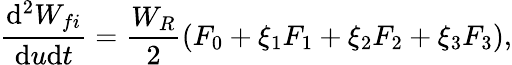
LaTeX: \frac{\mathrm{d^{2}}W_{fi}}{\mathrm{d}u\mathrm{d}t}=\frac{W_{R}}{2}\left(F_{0}+\xi_{1}F_{1}+\xi_{2}F_{2}+\xi_{3}F_{3}\right),